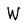
Character: W